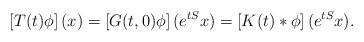
\begin{align*} \left[T(t)\phi\right](x) = \left[G(t,0)\phi\right](e^{tS}x) = \left[K(t)*\phi\right](e^{tS}x). \end{align*}